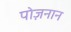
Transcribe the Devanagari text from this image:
पोज़नान